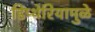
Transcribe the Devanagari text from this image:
डिप्थेरियामुळे